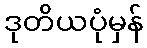
ဒုတိယပုံမှန်